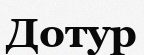
Дотур